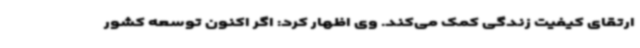
ارتقای کیفیت زندگی کمک می‌کند. وی اظهار کرد: اگر اکنون توسعه کشور